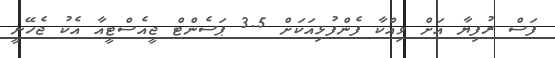
ފަސް ރުފިޔާ އަށް ވިއްކާ ފެންފުޅިއަކަށް 3.5 ޕަސެންޓް ޖީއެސްޓީއާ އެކު ޖެހޭނީ